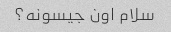
سلام اون جیسونه؟